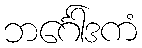
ဘင်္ဂေါဒကံ